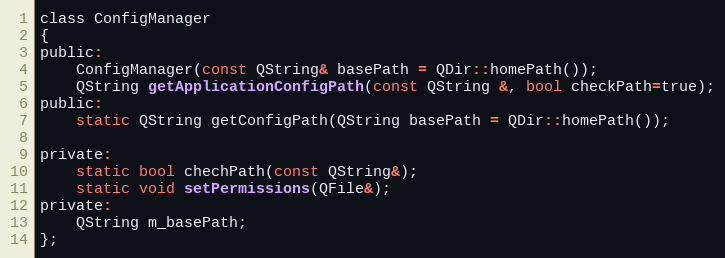
Language: C
class ConfigManager
{
public:
    ConfigManager(const QString& basePath = QDir::homePath());
    QString getApplicationConfigPath(const QString &, bool checkPath=true);
public:
    static QString getConfigPath(QString basePath = QDir::homePath());

private:
    static bool chechPath(const QString&);
    static void setPermissions(QFile&);
private:
    QString m_basePath;
};